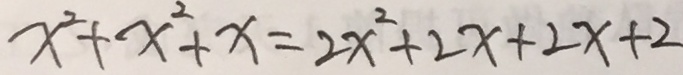
x ^ { 2 } + x ^ { 2 } + x = 2 x ^ { 2 } + 2 x + 2 x + 2